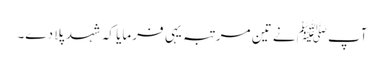
آپﷺ نے تین مرتبہ یہی فرمایا کہ شہد پلا دے۔